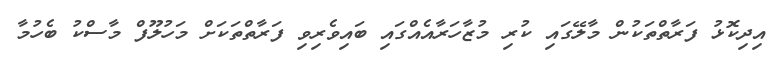
އިދިކޮޅު ފަރާތްތަކުން މާލޭގައި ކުރި މުޒާހަރާއެއްގައި ބައިވެރިވި ފަރާތްތަކަށް މަހުލޫފް މާސްކު ބެހުމާ